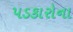
પડકારોના